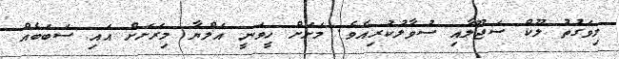
މިވަގުތު ލޫކް ސަޖޫލާއި ސުވާލުކުރިއެވެ. މަށަށް ހީވަނީ އަލްޔާ މިރަށަށް އައި ސަބަބެއް